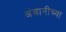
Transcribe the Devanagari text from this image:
अंबानीच्या